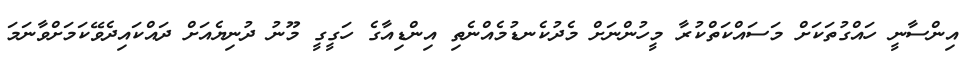
އިންސާނީ ހައްގުތަކަށް މަސައްކަތްކުރާ މީހުންނަށް މެދުކެނޑުމެއްނެތި އިންޑިއާގެ ހަގީގީ މޫނު ދުނިޔެއަށް ދައްކައިދެވޭކަމަށްވާނަމަ